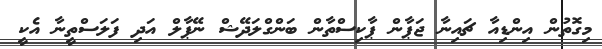
މިގޮތުން އިންޑިއާ ޗައިނާ ޖަޕާން ޕާކިސްތާން ބަންގްލަދޭޝް ނޭޕާލް އަދި ފަލަސްތީނާ އެކީ